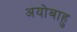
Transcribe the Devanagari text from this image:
अयोबाहु